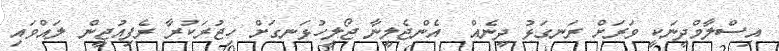
އިސްލާމްދީނަކީ ވަރަށް ރަނގަޅު ދީނެއް  އެންޖެލީނާ ޖޯލީހުޅަނގަށް ހިޖުރަކުރާ ރެފިއުޖީން ލައްވައި